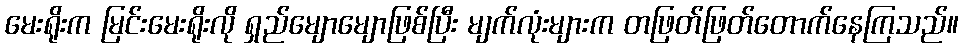
မေးရိုးက မြင်းမေးရိုးလို ရှည်မျောမျောဖြစ်ပြီး မျက်လုံးများက တဖြတ်ဖြတ်တောက်နေကြသည်။